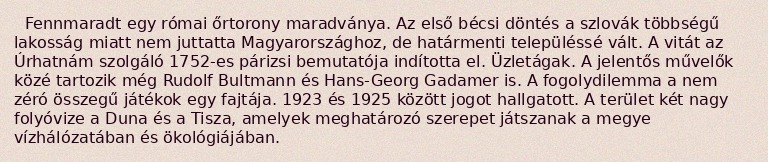
Fennmaradt egy római őrtorony maradványa. Az első bécsi döntés a szlovák többségű lakosság miatt nem juttatta Magyarországhoz, de határmenti településsé vált. A vitát az Úrhatnám szolgáló 1752-es párizsi bemutatója indította el. Üzletágak. A jelentős művelők közé tartozik még Rudolf Bultmann és Hans-Georg Gadamer is. A fogolydilemma a nem zéró összegű játékok egy fajtája. 1923 és 1925 között jogot hallgatott. A terület két nagy folyóvize a Duna és a Tisza, amelyek meghatározó szerepet játszanak a megye vízhálózatában és ökológiájában.